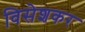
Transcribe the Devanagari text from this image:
विसेशकर